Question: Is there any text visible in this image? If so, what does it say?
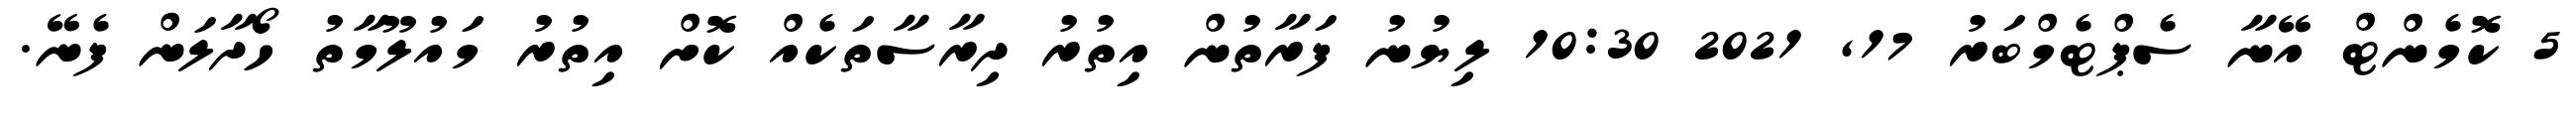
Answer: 5 ކޮމެންޓް އޭނާ ސެޕްޓެމްބަރު 17, 2021 10:30 ލިޔުނު ފަރާތުން އިތުރު ދިރާސާތަކެއް ކޮށް އިތުރު މައުލޫމާތު ހޯދާލަން ފެނޭ.